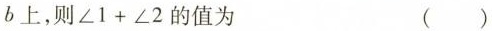
b上，则$$\angle 1+\angle 2$$的值为 ( )